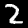
Label: 2